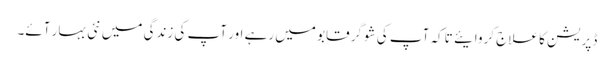
ڈپریشن کا علاج کروایئے تاکہ آپ کی شوگر قابو میں رہے اور آپ کی زندگی میں نئی بہار آئے۔